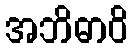
အဘိဓာဝိ